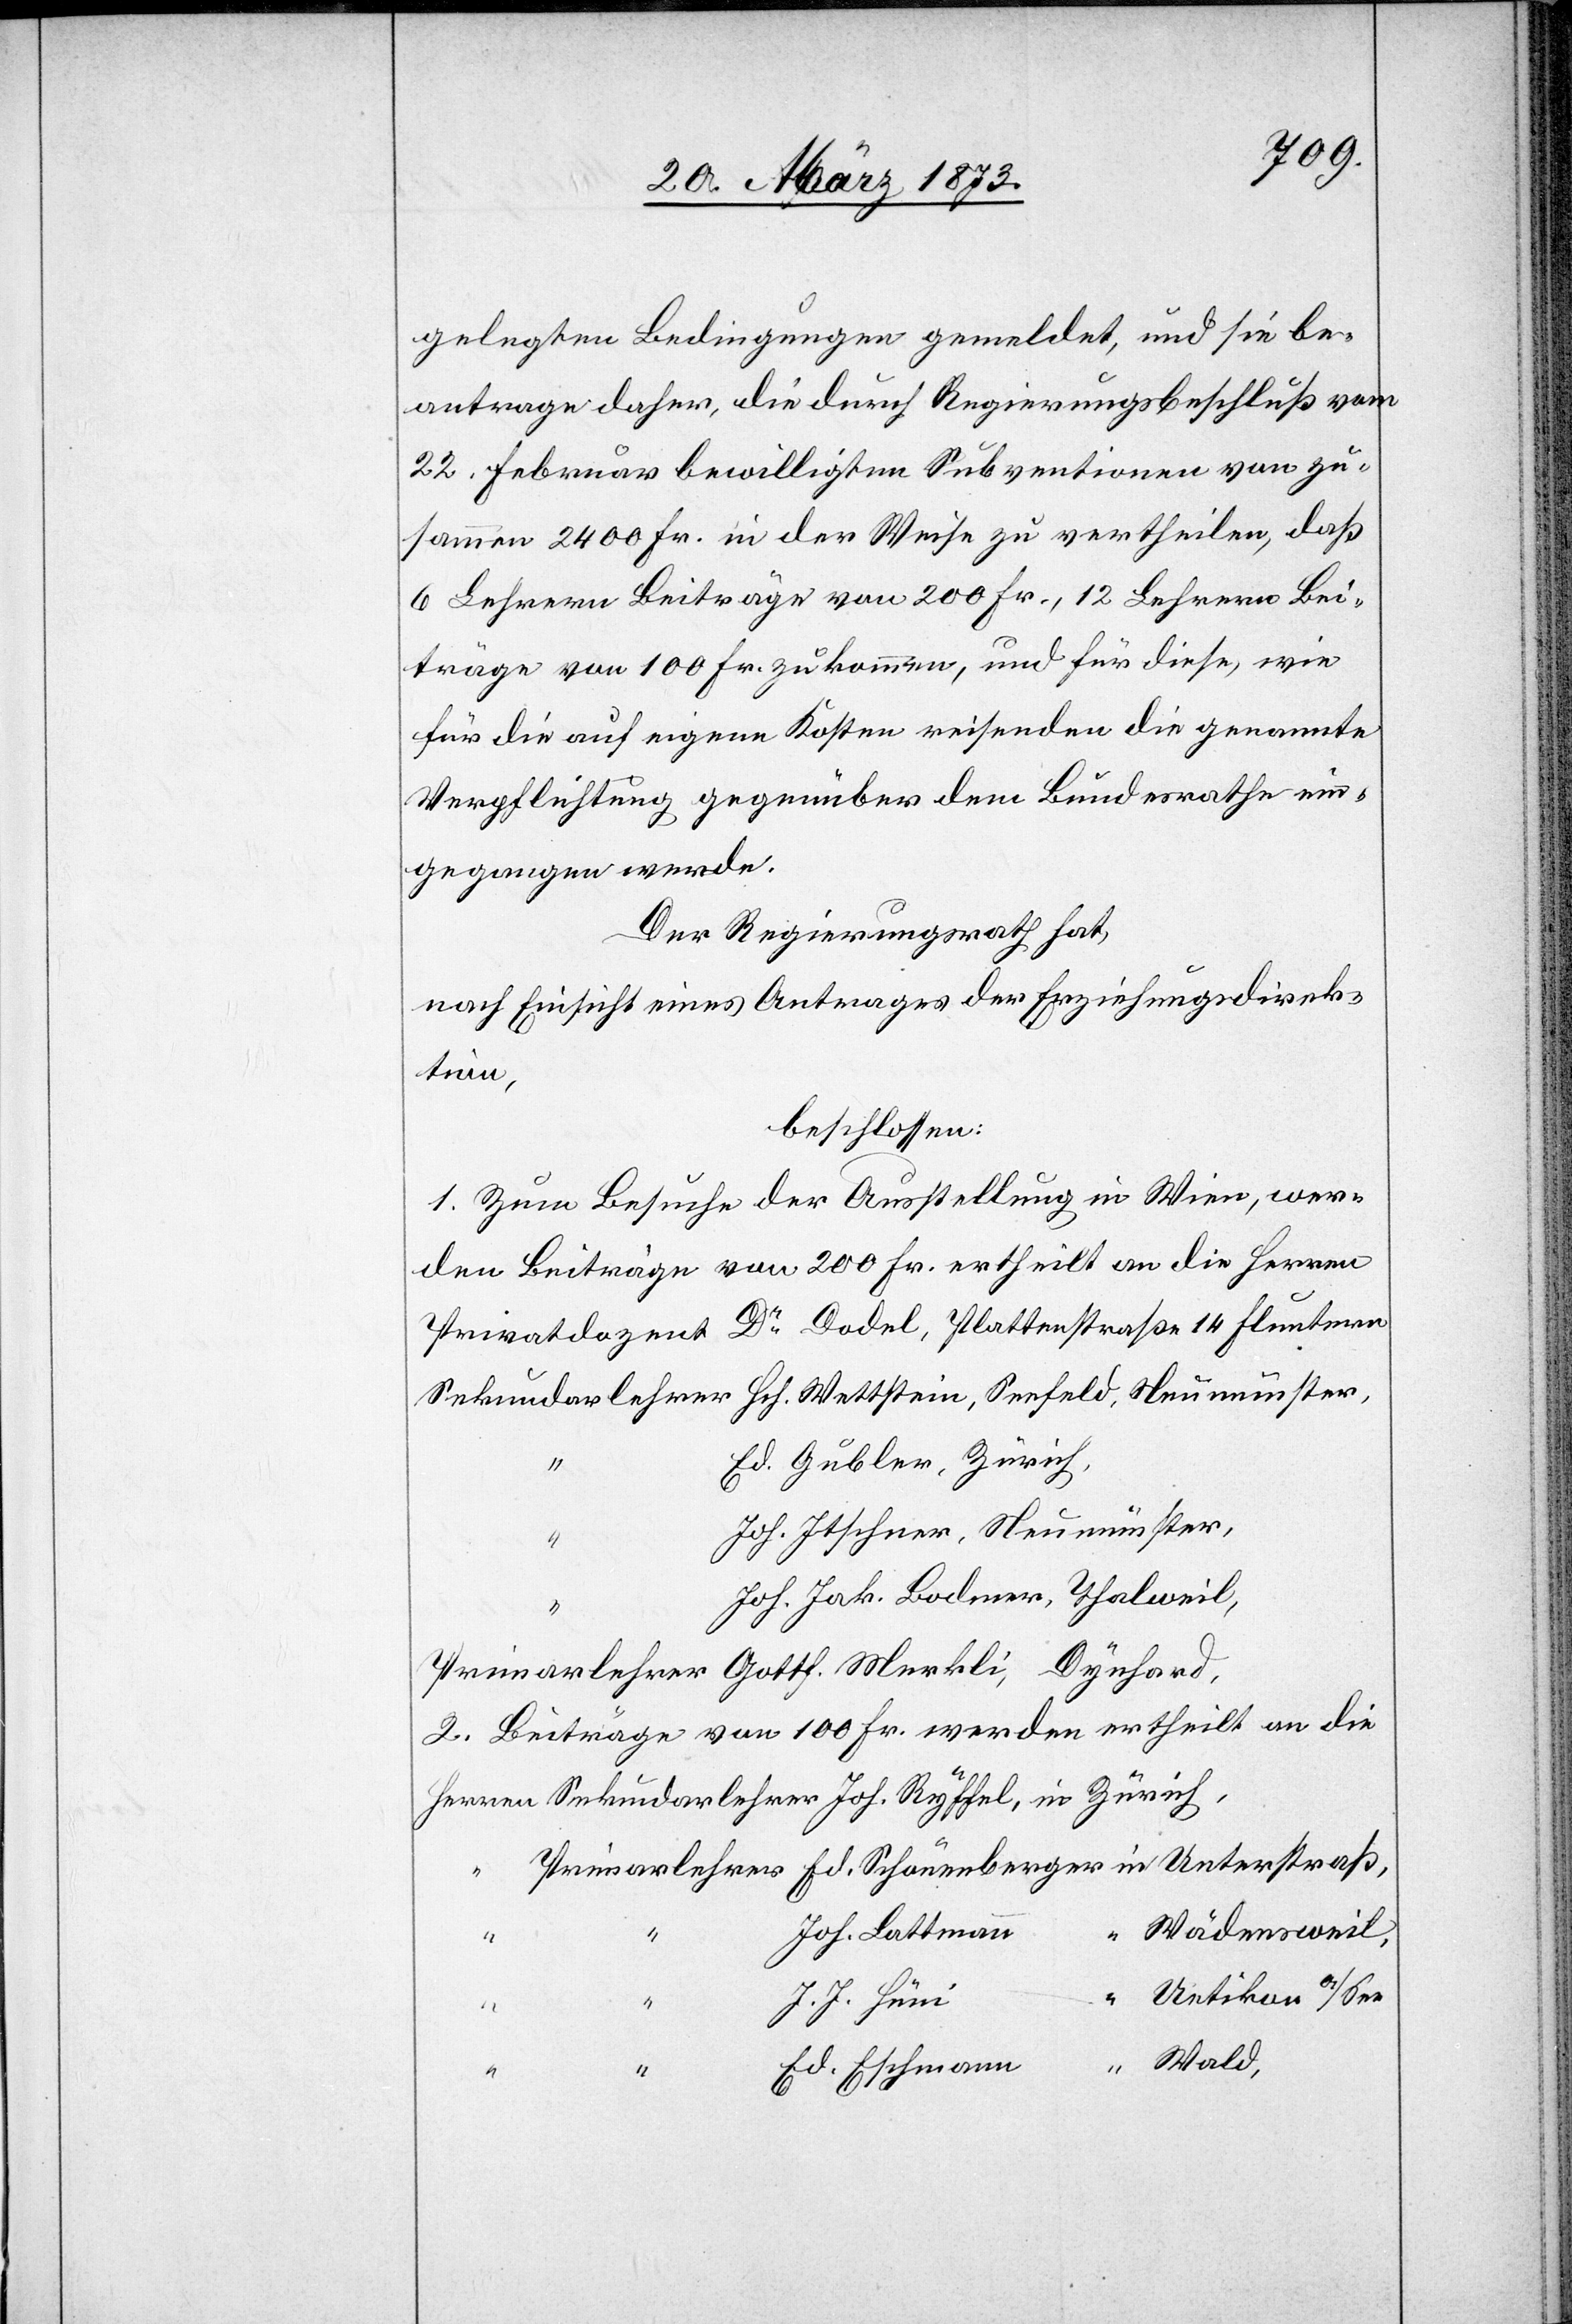
gelegten Bedingungen gemeldet, und sie be¬
antrage daher, die durch Regierungsbeschluß vom
22. Februar bewilligten Subventionen von zu¬
sammen 2400 Fr. in der Weise zu vertheilen, daß
6 Lehrern Beiträge von 200 Fr., 12 Lehrern Bei¬
träge von 100 Fr. zukommen, und für diese, wie
für die auf eignen Kosten reisenden die genannte
Verpflichtung gegenüber dem Bundesrathe ein¬
gegangen werde.
Der Regierungsrath hat,
nach Einsicht eines Antrages der Erziehungsdirek¬
tion
beschlossen:
1. Zum Besuche der Ausstellung in Wien, wer¬
den Beiträge von 200 Fr. ertheilt an die Herren
14
2. Beiträge von 100 Fr. werden ertheilt an die
Wädensweil,
Joh. Lattmann
Uetikon a/See
J. J. Hüni
Ed. Eschmann